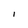
Character: I